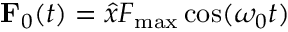
{ \bf F } _ { 0 } ( t ) = \hat { x } F _ { \mathrm { m a x } } \cos ( \omega _ { 0 } t )